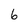
Character: 6